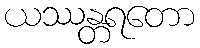
ယဿန္တရတော